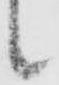
候